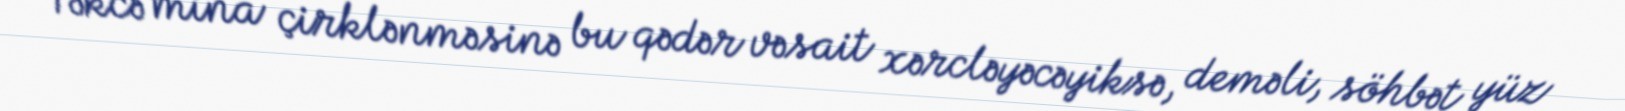
Təkcə mina çirklənməsinə bu qədər vəsait xərcləyəcəyiksə, deməli, söhbət yüz